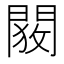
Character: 𬮋